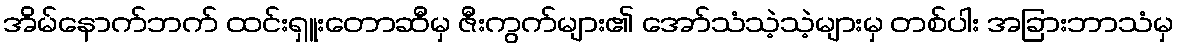
အိမ်နောက်ဘက် ထင်းရှူးတောဆီမှ ဇီးကွက်များ၏ အော်သံသဲ့သဲ့များမှ တစ်ပါး အခြားဘာသံမှ